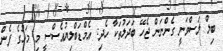
ބިލް ލަސްވަނީ ގެންނަން ޖެހޭ ބަދަލުތަކާ ހެދި: އެމްޑަބްލިޔުއެސްސީ މި މަހުގެ ފެން